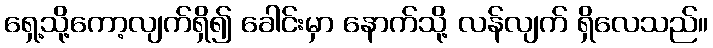
ရှေ့သို့ကော့လျက်ရှိ၍ ခေါင်းမှာ နောက်သို့ လန်လျက် ရှိလေသည်။